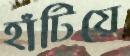
হাঁটিয়ে